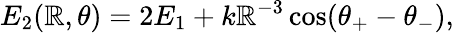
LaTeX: E_{2}(\mathbb{R},\theta)=2E_{1}+k\mathbb{R}^{-3}\cos(\theta_{+}-\theta_{-}),